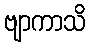
ဗျာကာသိ